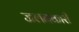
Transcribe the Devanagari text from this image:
जलनकारी